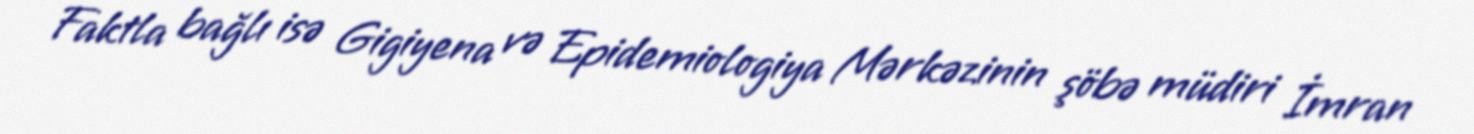
Faktla bağlı isə Gigiyena və Epidemiologiya Mərkəzinin şöbə müdiri İmran